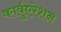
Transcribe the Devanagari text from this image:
कार्बुएरेशन